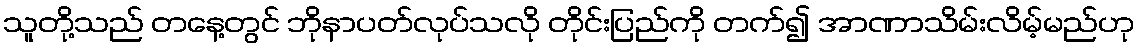
သူတို့သည် တနေ့တွင် ဘိုနာပတ်လုပ်သလို တိုင်းပြည်ကို တက်၍ အာဏာသိမ်းလိမ့်မည်ဟု